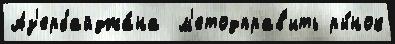
Аз'ербайджа́на  м'етодправ'ить ры́нок